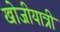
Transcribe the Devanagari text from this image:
खोजीयात्री